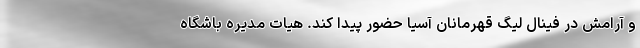
و آرامش در فینال لیگ قهرمانان آسیا حضور پیدا کند. هیات مدیره باشگاه